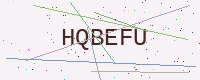
Text: HQBEFU